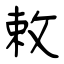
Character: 敕